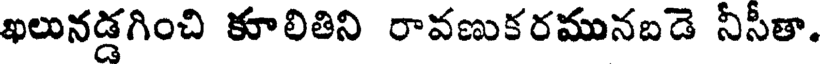
ఖలునడ్డగించి కూలితిని రావణుకరమునబడె నీసీతా.